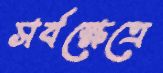
সর্বক্ষেত্রে